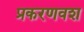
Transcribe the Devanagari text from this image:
प्रकरणवश